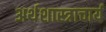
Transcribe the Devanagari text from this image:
अर्थशास्त्राचार्य